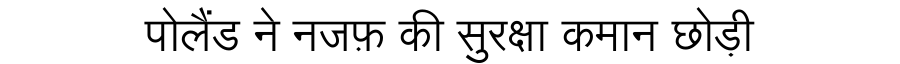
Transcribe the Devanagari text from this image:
पोलैंड ने नजफ़ की सुरक्षा कमान छोड़ी